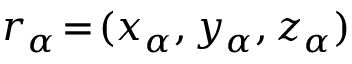
\boldsymbol { r } _ { \alpha } \! = \! ( x _ { \alpha } , y _ { \alpha } , z _ { \alpha } )